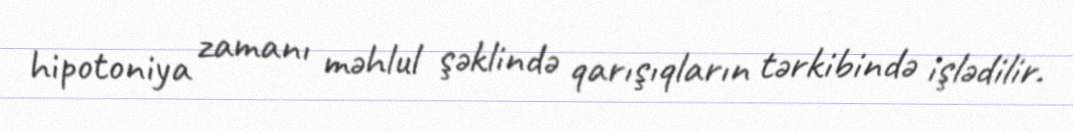
hipotoniya zamanı məhlul şəklində qarışıqların tərkibində işlədilir.